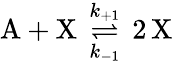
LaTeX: \mathrm{A}+\mathrm{X}\, \underset{k_{-1}}{\overset{k_{+1}}{\rightleftharpoons}}\, 2\, \mathrm{X}